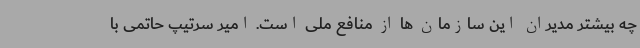
چه بیشتر مدیران این سازمان ها از منافع ملی است. امیر سرتیپ حاتمی با